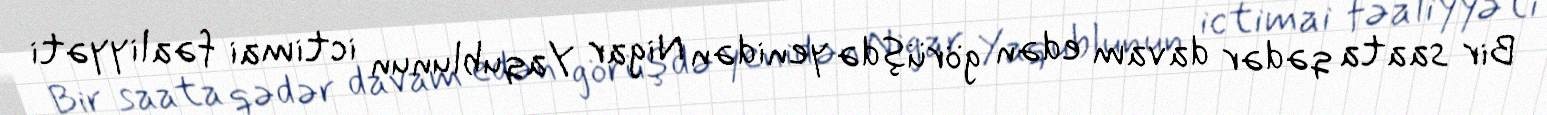
Bir saata qədər davam edən görüşdə yenidən Nigar Yaqublunun ictimai fəaliyyəti